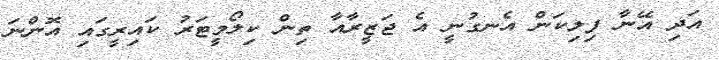
އަދި އޭނާ ފިލިކަން އެނގުނީ އެ ޖަޒީރާއާ ތިން ކިލޯމީޓަރު ކައިރީގައި އޮންނަ